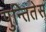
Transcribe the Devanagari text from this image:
पुन्तितेस